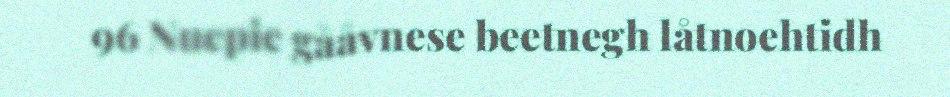
96 Nuepie gååvnese beetnegh låtnoehtidh